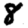
Digit: 8